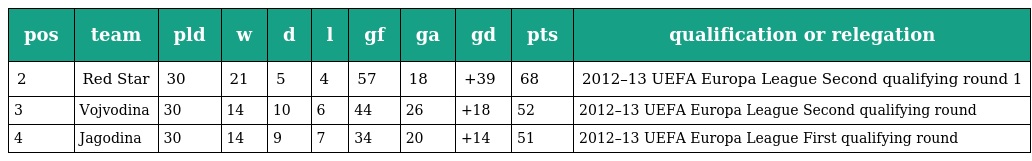
| pos | team | pld | w | d | l | gf | ga | gd | pts | qualification or relegation |
 | --- | --- | --- | --- | --- | --- | --- | --- | --- | --- | --- |
 | 2 | Red Star | 30 | 21 | 5 | 4 | 57 | 18 | +39 | 68 | 2012–13 UEFA Europa League Second qualifying round 1 |
 | 3 | Vojvodina | 30 | 14 | 10 | 6 | 44 | 26 | +18 | 52 | 2012–13 UEFA Europa League Second qualifying round |
 | 4 | Jagodina | 30 | 14 | 9 | 7 | 34 | 20 | +14 | 51 | 2012–13 UEFA Europa League First qualifying round |